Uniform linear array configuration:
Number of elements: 16
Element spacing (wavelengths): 0.5
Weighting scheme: hamming
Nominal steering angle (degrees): -30
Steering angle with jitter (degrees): -30.956
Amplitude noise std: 0.05
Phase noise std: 0.05

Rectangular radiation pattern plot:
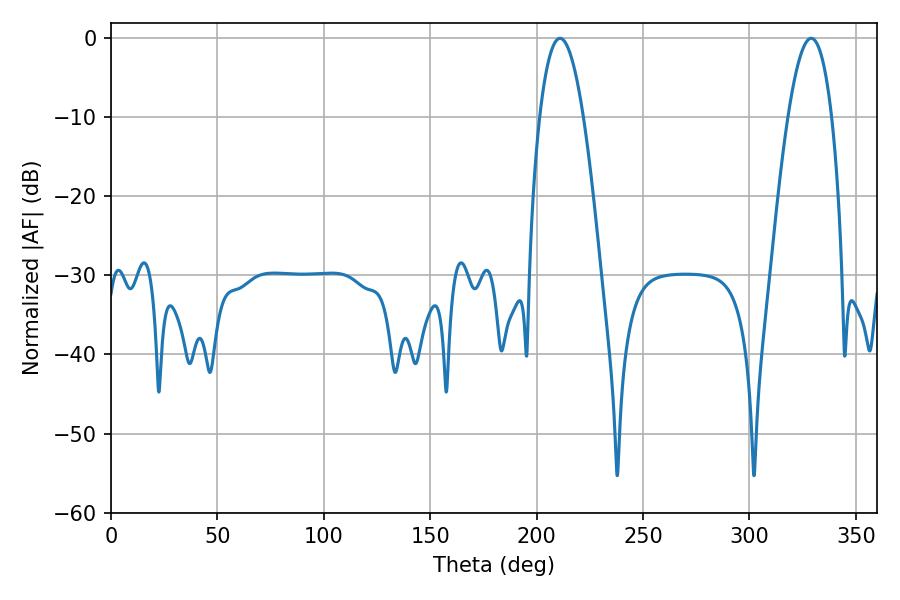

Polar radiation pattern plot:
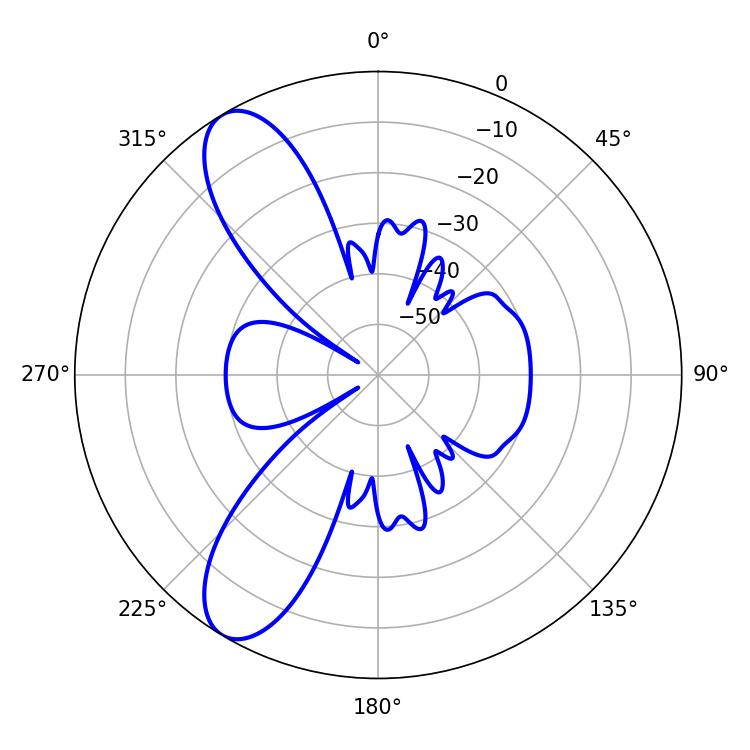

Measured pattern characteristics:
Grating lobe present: FALSE
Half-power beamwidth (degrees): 11.34
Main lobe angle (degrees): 210.96